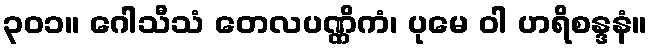
၃၀၁။ ဂေါသီသံ တေလပဏ္ဏိကံ၊ ပုမေ ဝါ ဟရိစန္ဒနံ။